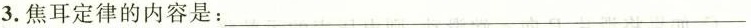
3.焦耳定律的内容是：___